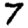
Digit: 7